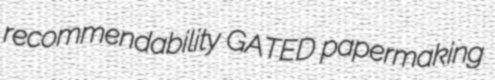
recommendability GATED papermaking